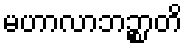
မဟာလာဘဉ္စာတိ